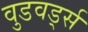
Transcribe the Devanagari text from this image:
वुडवर्ड्स